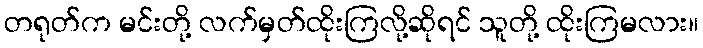
တရုတ်က မင်းတို့ လက်မှတ်ထိုးကြလို့ဆိုရင် သူတို့ ထိုးကြမလား။